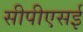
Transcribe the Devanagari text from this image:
सीपीएसई